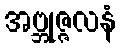
အဗ္ဘုဇ္ဇလနံ